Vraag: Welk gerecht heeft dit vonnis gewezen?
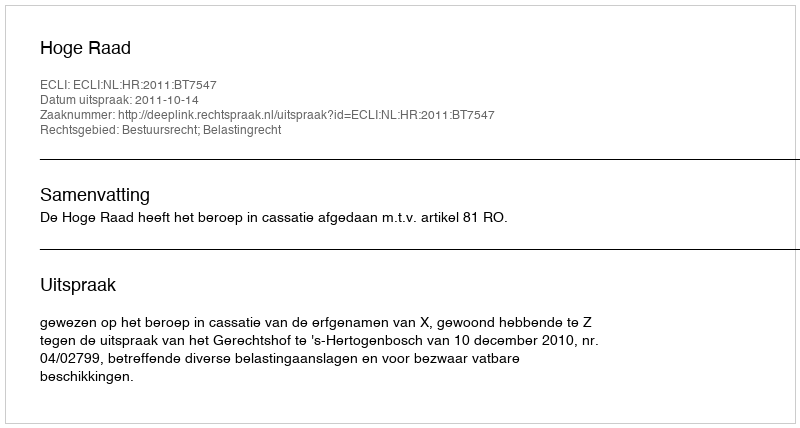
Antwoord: Hoge Raad